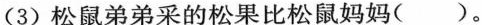
(3)松鼠弟弟采的松果比松鼠妈妈( )。